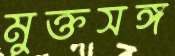
মুক্তসঙ্গ